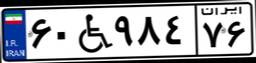
۶۰W۹۸۴۷۶